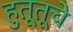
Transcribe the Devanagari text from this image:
हुतूतूचे